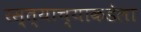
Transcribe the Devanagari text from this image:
रस्त्याच्याकडेला